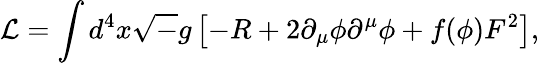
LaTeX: {\cal L}=\int d^{4}x{\sqrt-g}\left[-R+2\partial_{\mu}\phi\partial^{\mu}\phi+f(\phi)F^{2}\right],